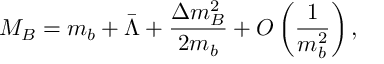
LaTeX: M _ { B } = m _ { b } + \bar { \Lambda } + \frac { \Delta m _ { B } ^ { 2 } } { 2 m _ { b } } + O \left( \frac { 1 } { m _ { b } ^ { 2 } } \right) ,